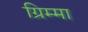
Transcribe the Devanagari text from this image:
ग्रिम्मा